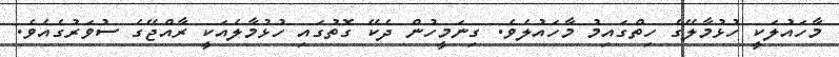
މާހައުލަކީ ހުޅުމާލޭގެ ހިތްގައިމު މާހައުލެވެ. ގިނަމީހުން ދެކޭ ގޮތުގައި ހުޅުމާލެއަކީ ރާއްޖޭގެ ސުވަރުގެއެވެ.